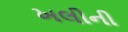
ખલીની